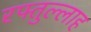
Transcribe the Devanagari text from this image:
रफ्तुल्लाह